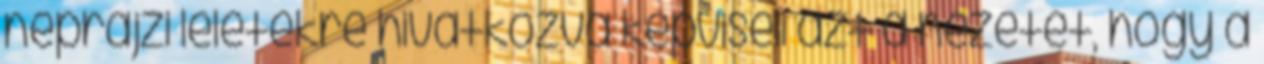
néprajzi leletekre hivatkozva képviseli azt a nézetet, hogy a